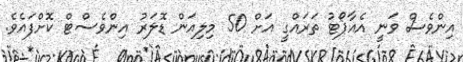
އިންވެސް ވަނީ އެއާޕޯޓު ތަރައްގީ އަށް 50 މިލިއަން ޑޮލަރު އިންވެސްޓް ކޮށްފައެވެ.